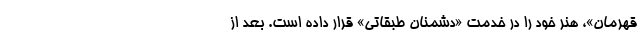
قهرمان»، هنر خود را در خدمت «دشمنان طبقاتی» قرار داده است. بعد از